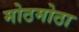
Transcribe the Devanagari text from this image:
मोठमोठा